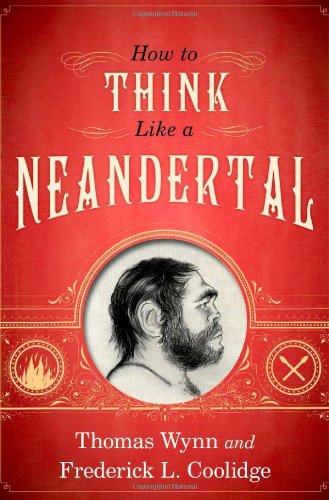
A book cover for How To Think Like a Neandertal; Thomas Wynn; Medical Books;